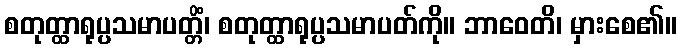
စတုတ္ထာရုပ္ပသမာပတ္တိံ၊ စတုတ္ထာရုပ္ပသမာပတ်ကို။ ဘာဝေတိ၊ မှားစေ၏။